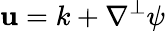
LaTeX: \mathbf{u}=k+\nabla^{\perp}\psi